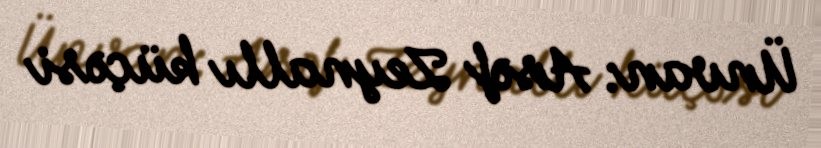
Ünvan: Asəf Zeynallı küçəsi